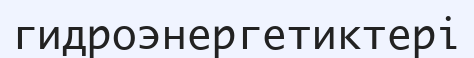
гидроэнергетиктері